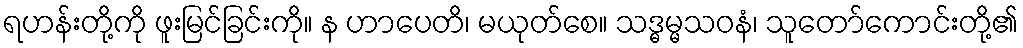
ရဟန်းတို့ကို ဖူးမြင်ခြင်းကို။ န ဟာပေတိ၊ မယုတ်စေ။ သဒ္ဓမ္မသဝနံ၊ သူတော်ကောင်းတို့၏